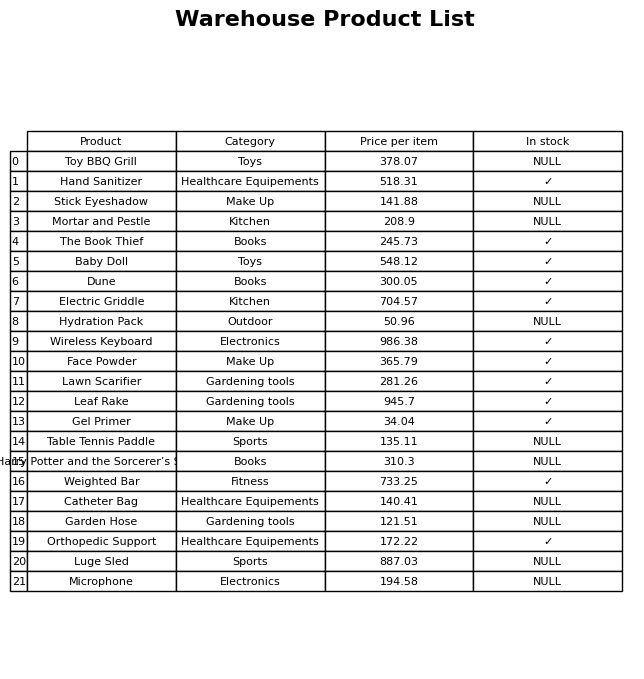
question: What is the price of the Table Tennis Paddle?
answer: The price of Table Tennis Paddle is 135.11.